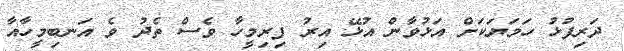
ދަރިފުޅު ހަމަޔަކަށް އަޅުވާން އުޅޭ އިރު ފިރިމީހާ ވެސް ތެދު ވެ އަނބިމީހާއާ